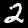
Label: 2